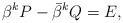
LaTeX: \begin{align*} {}\beta^k P - \bar{\beta}^k Q =E, \end{align*}